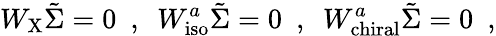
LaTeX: W_{\mathrm{X}}\tilde{\Sigma}=0\, \, \, ,\, \, \, W_{\mathrm{iso}}^{a}\tilde{\Sigma}=0\, \, \, ,\, \, \, W_{\mathrm{chiral}}^{a}\tilde{\Sigma}=0\, \, \, ,